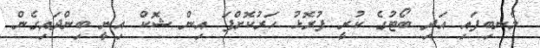
ލެނބިފައި އަދި ބޯޓުގެ ކުރީ ފުރޮޅު ހަރުކޮށްފަ އިން ޝޮކް އިނީ ބިންދައިގެން